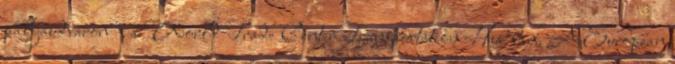
pályaudvaron", a World Trade Center Transportation Hub-ban. A European